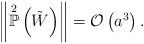
LaTeX: \begin{align*}\left\Vert \overset{2}{\mathbb{P}}\left( \tilde{W} \right) \right\Vert = \mathcal{O}\left( a^{3} \right). \end{align*}